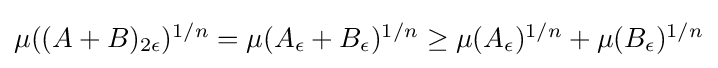
{\textstyle \mu ((A+B)_{2\epsilon })^{1/n}=\mu (A_{\epsilon }+B_{\epsilon })^{1/n}\geq \mu (A_{\epsilon })^{1/n}+\mu (B_{\epsilon })^{1/n}}